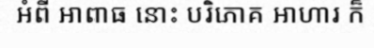
អំពី អាពាធ នោះ បរិភោគ អាហារ ក៏